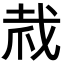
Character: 𢦼